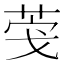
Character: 𮏎